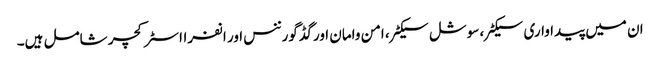
ان میں پیداواری سیکٹر، سوشل سیکٹر، امن وامان اور گڈ گورننس اور انفرااسٹرکچر شامل ہیں۔